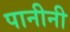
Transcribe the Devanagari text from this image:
पानीनी